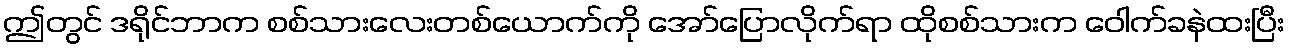
ဤတွင် ဒရိုင်ဘာက စစ်သားလေးတစ်ယောက်ကို အော်ပြောလိုက်ရာ ထိုစစ်သားက ဝေါက်ခနဲထးပြီး